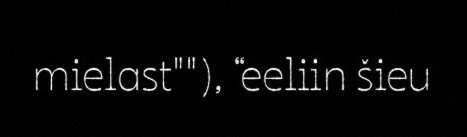
mielast""), “eeliin šieu